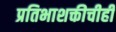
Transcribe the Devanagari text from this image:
प्रतिभाशक्तीचीही